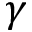
\gamma